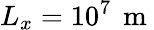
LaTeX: L_{x}=10^{7}\, \mathrm{~m~}